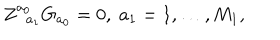
LaTeX: Z _ { \; \; a _ { 1 } } ^ { a _ { 0 } } G _ { a _ { 0 } } = 0 , \; a _ { 1 } = 1 , \ldots , M _ { 1 } ,